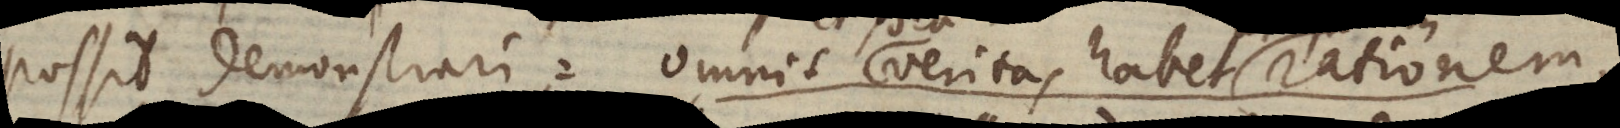
possit demonstrari: omnis et veritas habet rationem,